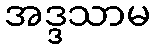
အဒ္ဒသာမ